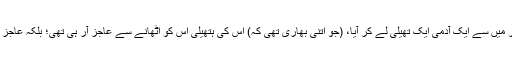
چنانچہ انصار میں سے ایک آدمی ایک تھیلی لے کر آیا، (جو اتنی بھاری تھی کہ) اس کی ہتھیلی اس کو اٹھانے سے عاجز آر ہی تھی؛ بلکہ عاجز ہو چکی تھی۔